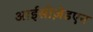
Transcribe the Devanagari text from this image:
आईसीज़ेडएन